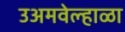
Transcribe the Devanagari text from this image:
उअमवेल्हाळा